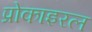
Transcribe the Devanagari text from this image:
प्रोकाइरल